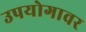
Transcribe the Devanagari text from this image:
उपयोगावर